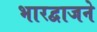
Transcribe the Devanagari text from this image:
भारद्वाजने